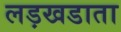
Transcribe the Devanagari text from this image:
लड़खडाता